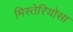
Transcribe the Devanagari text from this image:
मिस्तेरियोसा